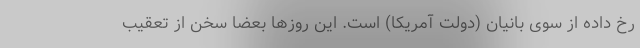
رخ داده از سوی بانیان (دولت آمریکا) است. این روزها بعضا سخن از تعقیب